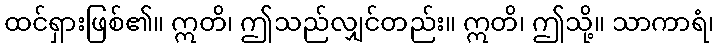
ထင်ရှားဖြစ်၏။ ဣတိ၊ ဤသည်လျှင်တည်း။ ဣတိ၊ ဤသို့။ သာကာရံ၊